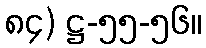
၈၄) ဋ္ဌ-၅၅-၅၆။